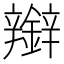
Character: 𰽑